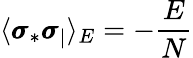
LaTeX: \langle\pmb{\sigma}_{*}\pmb{\sigma}_{|}\rangle_{E}=-\frac E{N}